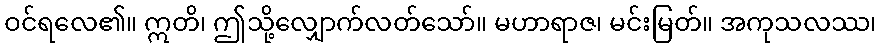
ဝင်ရလေ၏။ ဣတိ၊ ဤသို့လျှောက်လတ်သော်။ မဟာရာဇ၊ မင်းမြတ်။ အကုသလဿ၊